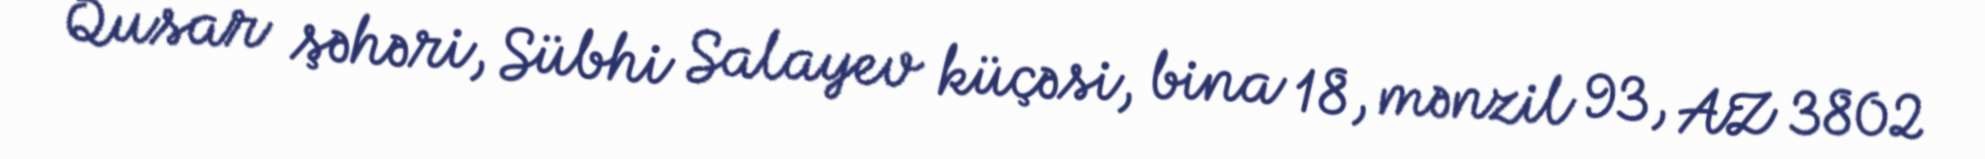
Qusar şəhəri, Sübhi Salayev küçəsi, bina 18, mənzil 93, AZ 3802